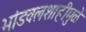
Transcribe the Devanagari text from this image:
भांडवलशाहीमुळे